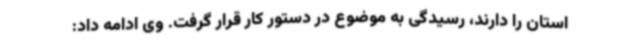
استان را دارند، رسیدگی به موضوع در دستور کار قرار گرفت. وی ادامه داد: